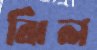
ঝিল